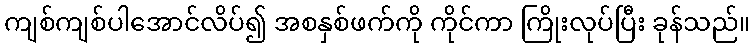
ကျစ်ကျစ်ပါအောင်လိပ်၍ အစနှစ်ဖက်ကို ကိုင်ကာ ကြိုးလုပ်ပြီး ခုန်သည်။